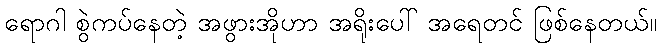
ရောဂါ စွဲကပ်နေတဲ့ အဖွားအိုဟာ အရိုးပေါ် အရေတင် ဖြစ်နေတယ်။